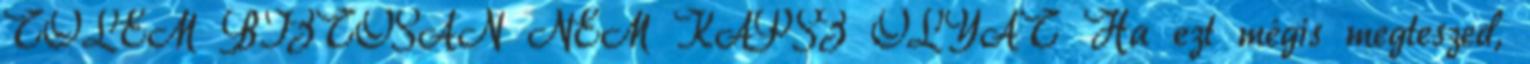
TŐLEM BIZTOSAN NEM KAPSZ OLYAT Ha ezt mégis megteszed,